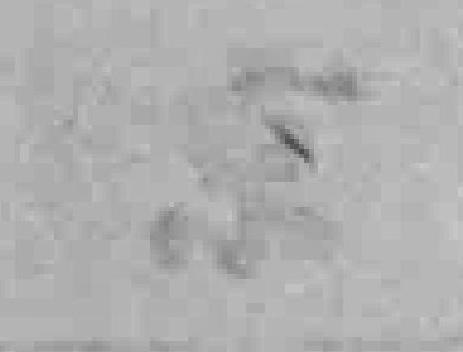
京